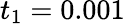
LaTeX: t_{1}=0.001